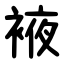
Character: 䘸